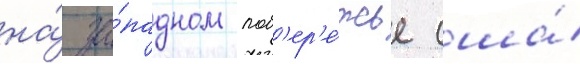
на́ за́падном поб'ер'е́жье сша́